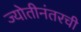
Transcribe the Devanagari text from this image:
ज्योतीनंतरची